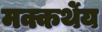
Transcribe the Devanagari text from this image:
मक्कर्थेय